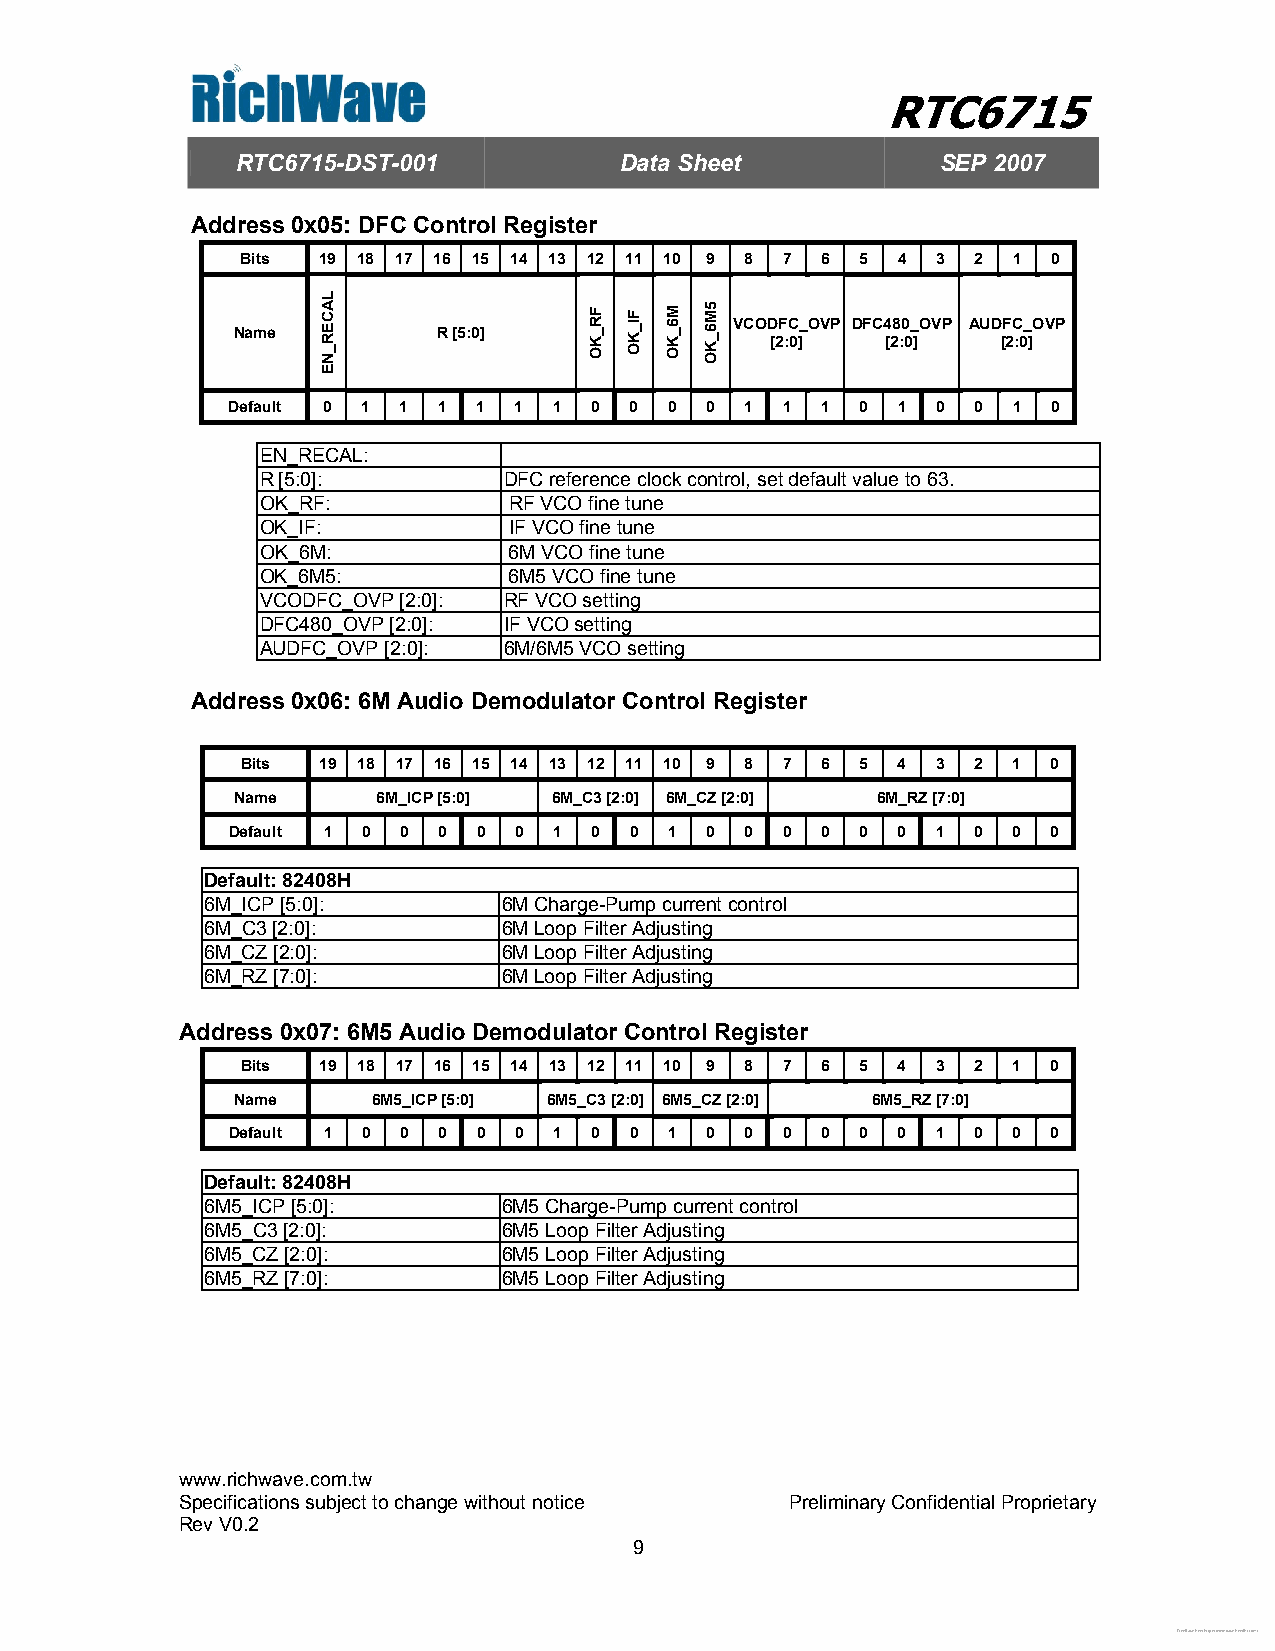
RTC6715
 RTC6715-DST-001          Data Sheet           SEP 2007
 Address 0x05: DFC Control Register
 Bits 19 18 17 16 15 14 13 12 11 10 9 8 7 6 5 4 3 2 1  0
 VCODFC_OVP DFC480_OVP AUDFC_OVP
 Name          R [5:0]
 [2:0]   [2:0]  [2:0]
 Default 0 1 1 1  1 1  1 0  0 0  0 1  1 1  0 1  0 0  1  0
 EN_RECAL:
 R [5:0]:        DFC reference clock control, set default value to 63.
 OK_RF:           RF VCO fine tune
 OK_IF:           IF VCO fine tune
 OK_6M:           6M VCO fine tune
 OK_6M5:          6M5 VCO fine tune
 VCODFC_OVP [2:0]: RF VCO setting
 DFC480_OVP [2:0]: IF VCO setting
 AUDFC_OVP [2:0]: 6M/6M5 VCO setting
 Address 0x06: 6M Audio Demodulator Control Register
 Bits 19 18 17 16 15 14 13 12 11 10 9 8 7 6 5 4 3 2 1  0
 Name     6M_ICP [5:0] 6M_C3 [2:0] 6M_CZ [2:0] 6M_RZ [7:0]
 Default 1 0 0 0  0 0  1 0  0 1  0 0  0 0  0 0  1 0  0  0
 Default: 82408H
 6M_ICP [5:0]:      6M Charge-Pump current control
 6M_C3 [2:0]:       6M Loop Filter Adjusting
 6M_CZ [2:0]:       6M Loop Filter Adjusting
 6M_RZ [7:0]:       6M Loop Filter Adjusting
 Address 0x07: 6M5 Audio Demodulator Control Register
 Bits 19 18 17 16 15 14 13 12 11 10 9 8 7 6 5 4 3 2 1  0
 Name     6M5_ICP [5:0] 6M5_C3 [2:0] 6M5_CZ [2:0] 6M5_RZ [7:0]
 Default 1 0 0 0  0 0  1 0  0 1  0 0  0 0  0 0  1 0  0  0
 Default: 82408H
 6M5_ICP [5:0]:     6M5 Charge-Pump current control
 6M5_C3 [2:0]:      6M5 Loop Filter Adjusting
 6M5_CZ [2:0]:      6M5 Loop Filter Adjusting
 6M5_RZ [7:0]:      6M5 Loop Filter Adjusting
 www.richwave.com.tw
 Specifications subject to change without notice Preliminary Confidential Proprietary
 Rev V0.2
 9
 Free Datasheet http://www.datasheetlist.com/
 LACER_NE
 FR_KO FI_KO M6_KO 5M6_KO